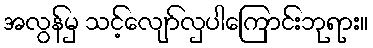
အလွန်မှ သင့်လျော်လှပါကြောင်းဘုရား။